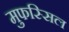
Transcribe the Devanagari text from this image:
मुफस्सिल